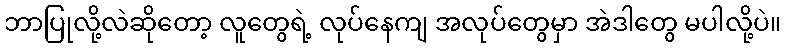
ဘာပြုလို့လဲဆိုတော့ လူတွေရဲ့ လုပ်နေကျ အလုပ်တွေမှာ အဲဒါတွေ မပါလို့ပဲ။